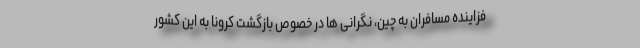
فزاینده مسافران به چین، نگرانی ها در خصوص بازگشت کرونا به این کشور